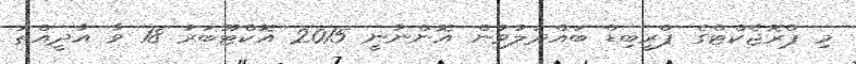
މި ޕްރޮޖެކްޓްގެ ޕްރީބިޑް ބައްދަލުވުން އޮންނާނީ 2015 އޮކްޓޫބަރު 18 ވާ އާދީއްތަ